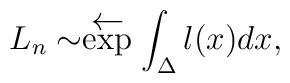
L_n \sim \stackrel{{\textstyle \leftarrow}}{\exp} \int_\Delta l(x) dx,